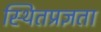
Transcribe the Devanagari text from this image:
स्थितप्रज्ञता